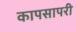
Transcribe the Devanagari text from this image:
कापसापरी